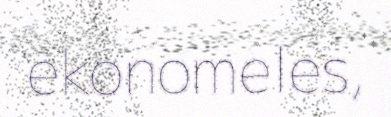
ekonomeles,